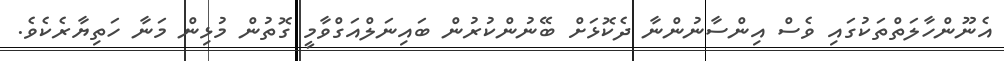
އެނޫންހާލަތްތަކުގައި ވެސް އިންސާނުންނާ ދެކޮޅަށް ބޭނުންކުރުން ބައިނަލްއަގްވާމީ ގޮތުން މުޅިން މަނާ ހަތިޔާރެކެވެ.